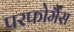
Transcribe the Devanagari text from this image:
परफोर्मैंस